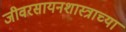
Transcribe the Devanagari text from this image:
जीवरसायनशास्त्राच्या